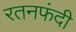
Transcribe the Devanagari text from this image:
रतनफंदी